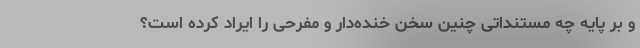
و بر پایه چه مستنداتی چنین سخن خنده‌دار و مفرحی را ایراد کرده است؟